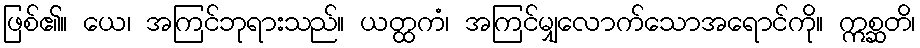
ဖြစ်၏။ ယေ၊ အကြင်ဘုရားသည်။ ယတ္ထကံ၊ အကြင်မျှလောက်သောအရောင်ကို။ ဣစ္ဆတိ၊